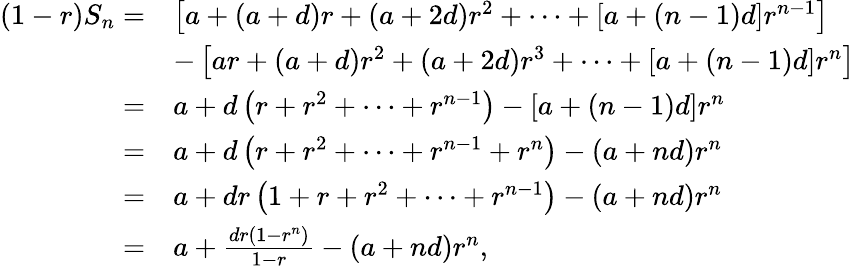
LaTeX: {\begin{array}{rl}{(1-r)S_{n}=}&{\left[a+(a+d)r+(a+2d)r^{2}+\cdots+[a+(n-1)d]r^{n-1}\right]}\\ &{-\left[ar+(a+d)r^{2}+(a+2d)r^{3}+\cdots+[a+(n-1)d]r^{n}\right]}\\ {=}&{a+d\left(r+r^{2}+\cdots+r^{n-1}\right)-\left[a+(n-1)d\right]r^{n}}\\ {=}&{a+d\left(r+r^{2}+\cdots+r^{n-1}+r^{n}\right)-\left(a+nd\right)r^{n}}\\ {=}&{a+dr\left(1+r+r^{2}+\cdots+r^{n-1}\right)-\left(a+nd\right)r^{n}}\\ {=}&{a+{\frac{dr(1-r^{n})}{1-r}}-(a+nd)r^{n},}\end{array}}